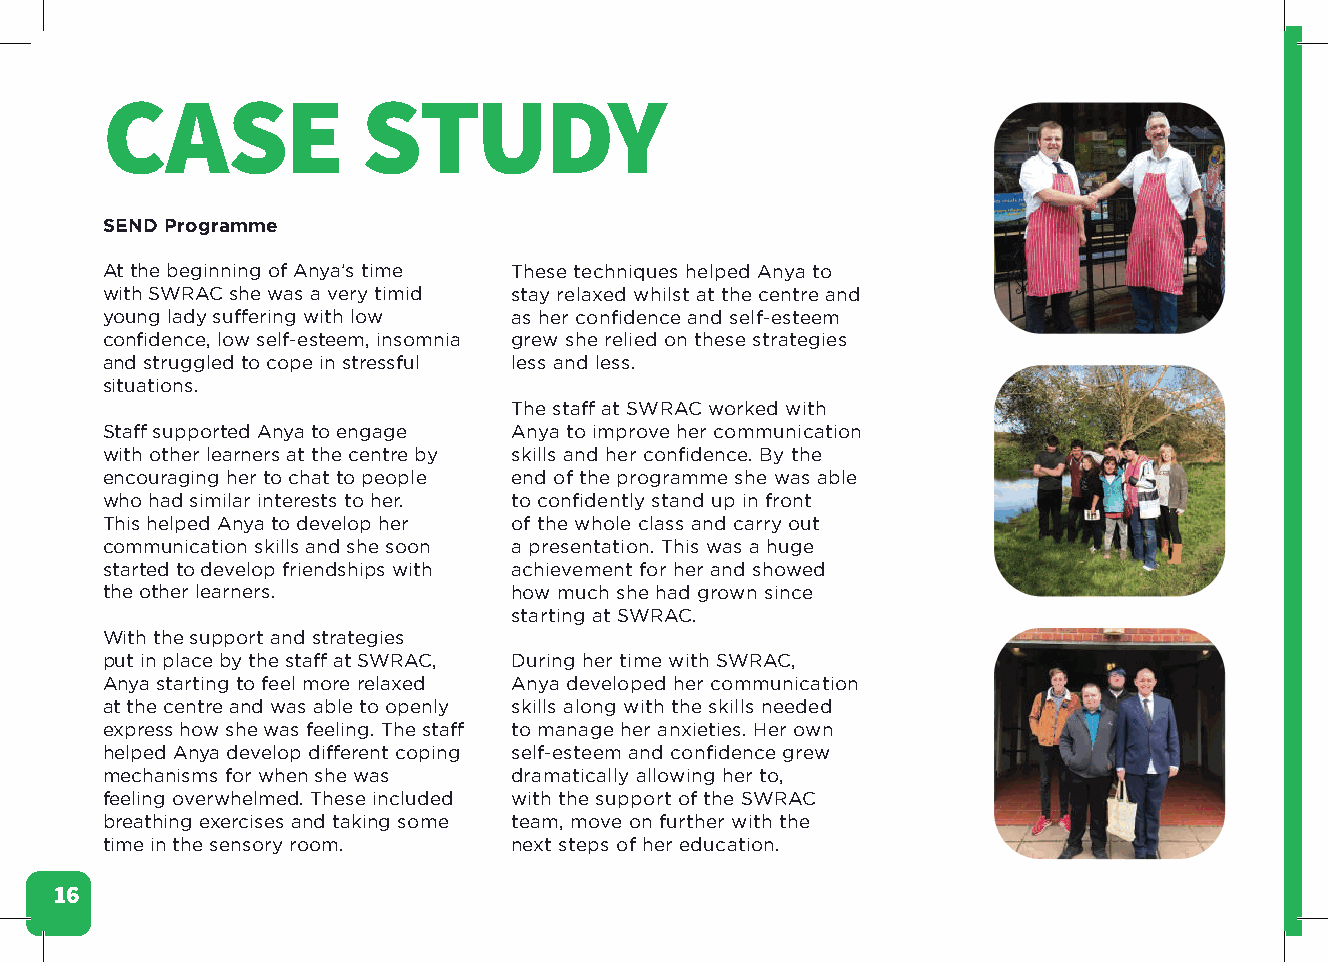
CASE             STUDY
 SEND Programme
 At the beginning of Anya’s time These techniques helped Anya to
 with SWRAC she was a very timid stay relaxed whilst at the centre and
 young lady suffering with low as her confidence and self-esteem
 confidence, low self-esteem, insomnia grew she relied on these strategies
 and struggled to cope in stressful less and less.
 situations.
 The staff at SWRAC worked with
 Staff supported Anya to engage Anya to improve her communication
 with other learners at the centre by skills and her confidence. By the
 encouraging her to chat to people end of the programme she was able
 who had similar interests to her. to confidently stand up in front
 This helped Anya to develop her of the whole class and carry out
 communication skills and she soon a presentation. This was a huge
 started to develop friendships with achievement for her and showed
 the other learners.        how much she had grown since
 starting at SWRAC.
 With the support and strategies
 put in place by the staff at SWRAC, During her time with SWRAC,
 Anya starting to feel more relaxed Anya developed her communication
 at the centre and was able to openly skills along with the skills needed
 express how she was feeling. The staff to manage her anxieties. Her own
 helped Anya develop different coping self-esteem and confidence grew
 mechanisms for when she was dramatically allowing her to,
 feeling overwhelmed. These included with the support of the SWRAC
 breathing exercises and taking some team, move on further with the
 time in the sensory room.  next steps of her education.
 16